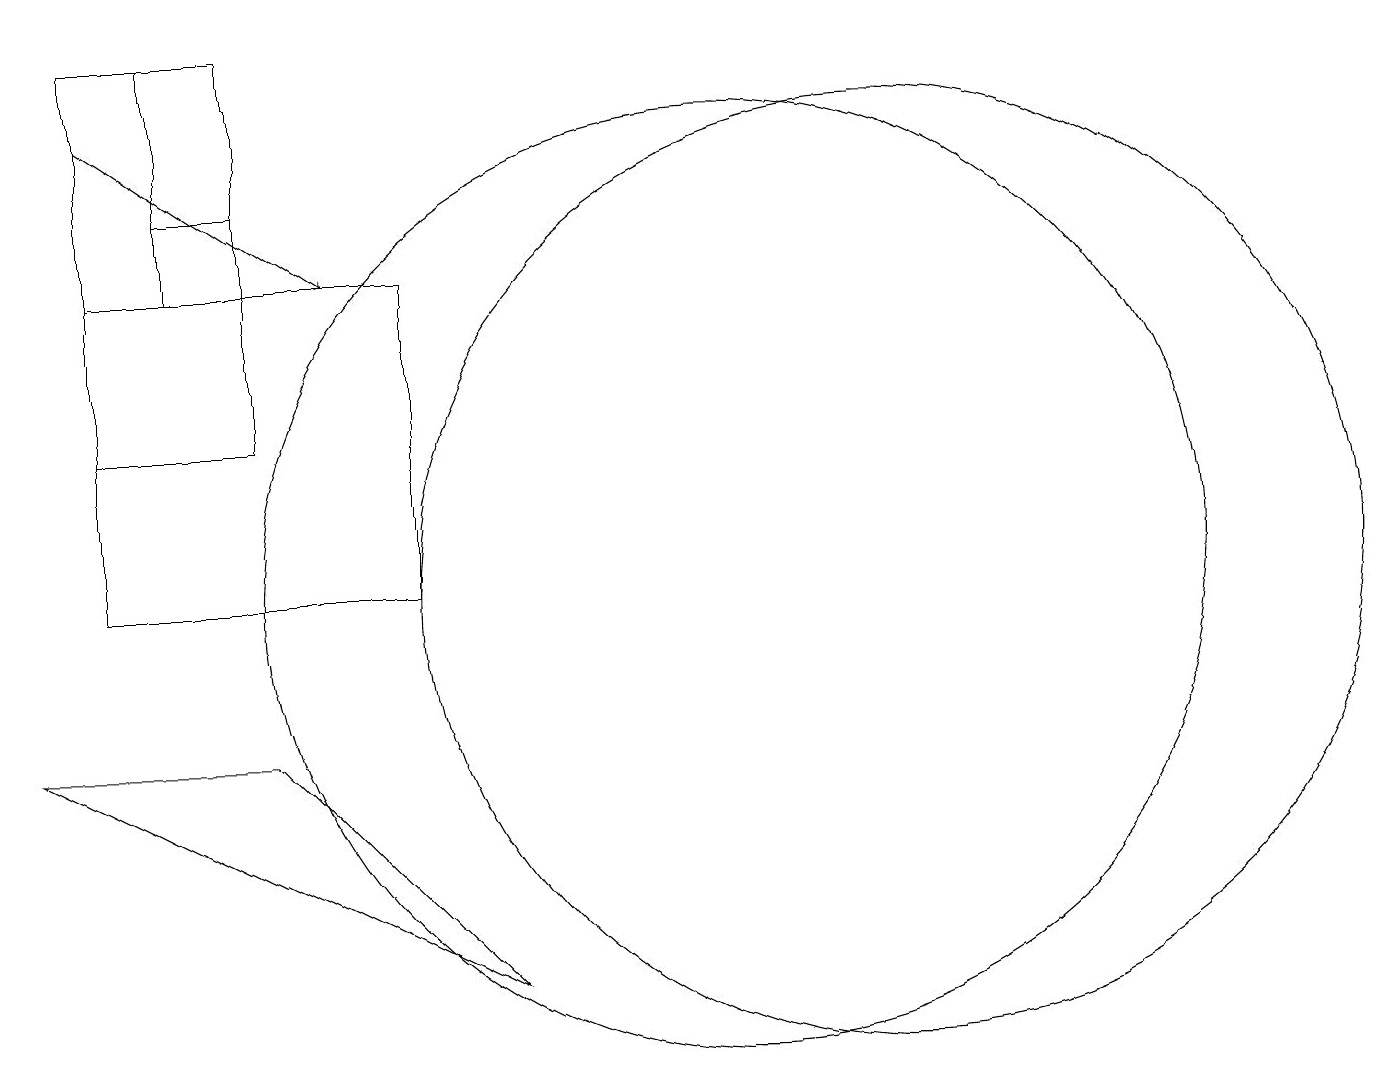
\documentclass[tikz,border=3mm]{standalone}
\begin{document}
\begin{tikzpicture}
\draw (10,10) circle (6);
\draw (2,14) rectangle (6,10);
\draw (3,17) rectangle (4,15);
\draw (3,17) rectangle (2,14);
\draw[->] (2,16) -- (5,14);
\draw (12,10) circle (6);
\draw (4,12) rectangle (2,17);
\draw (4,8) -- (1,8) -- (7,5) -- cycle;
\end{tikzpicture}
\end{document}